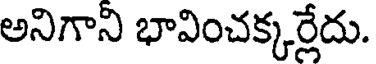
అనిగాని భావించక్కర్లేదు.